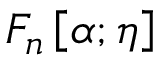
F _ { n } \left[ \alpha ; \eta \right]